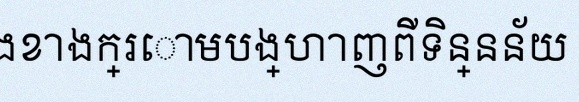
តារាងខាងក្រោមបង្ហាញពីទិន្នន័យ